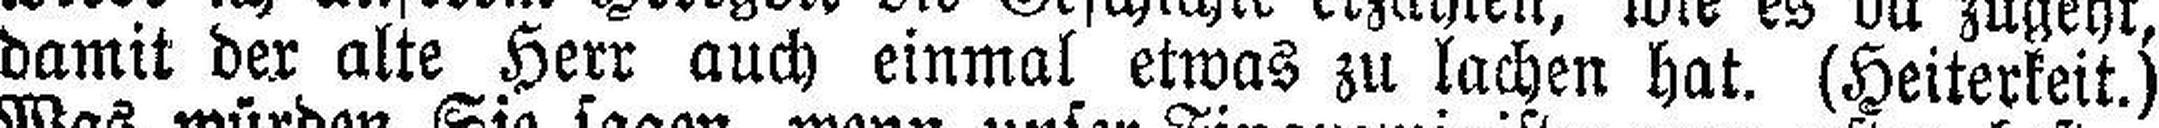
damit der alte Herr auch einmal etwas zu lachen hat. (Heiterkeit.)